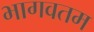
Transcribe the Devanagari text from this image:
भागवतम